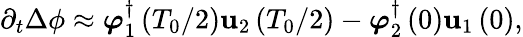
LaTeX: \partial_{t}\Delta\phi\approx\boldsymbol{\varphi}_{1}^{\dagger}\left(T_{0}/2\right)\mathbf{u}_{2}\left(T_{0}/2\right)-\boldsymbol{\varphi}_{2}^{\dagger}\left(0\right)\mathbf{u}_{1}\left(0\right),